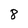
Character: 8